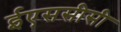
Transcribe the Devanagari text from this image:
ईएससीसी